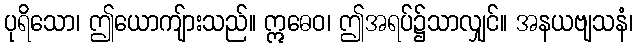
ပုရိသော၊ ဤယောကျ်ားသည်။ ဣဓေဝ၊ ဤအရပ်၌သာလျှင်။ အနယဗျသနံ၊